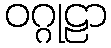
ဝဂ္ဂုဠာ